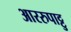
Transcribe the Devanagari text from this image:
आररुपाट्टु